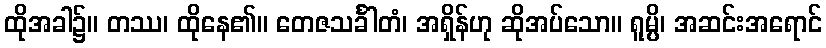
ထိုအခါ၌။ တဿ၊ ထိုနေ၏။ တေဇသင်္ခါတံ၊ အရှိန်ဟု ဆိုအပ်သော။ ရူမ္ပိ၊ အဆင်းအရောင်